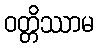
ဝတ္တိဿာမ